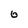
Character: 6